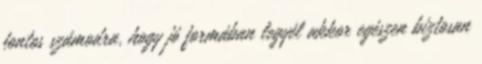
fontos számodra, hogy jó formában legyél akkor egészen biztosan